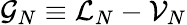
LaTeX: \mathcal{G}_{N}\equiv\mathcal{L}_{N}-\mathcal{V}_{N}